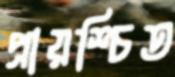
প্রায়শ্চিত